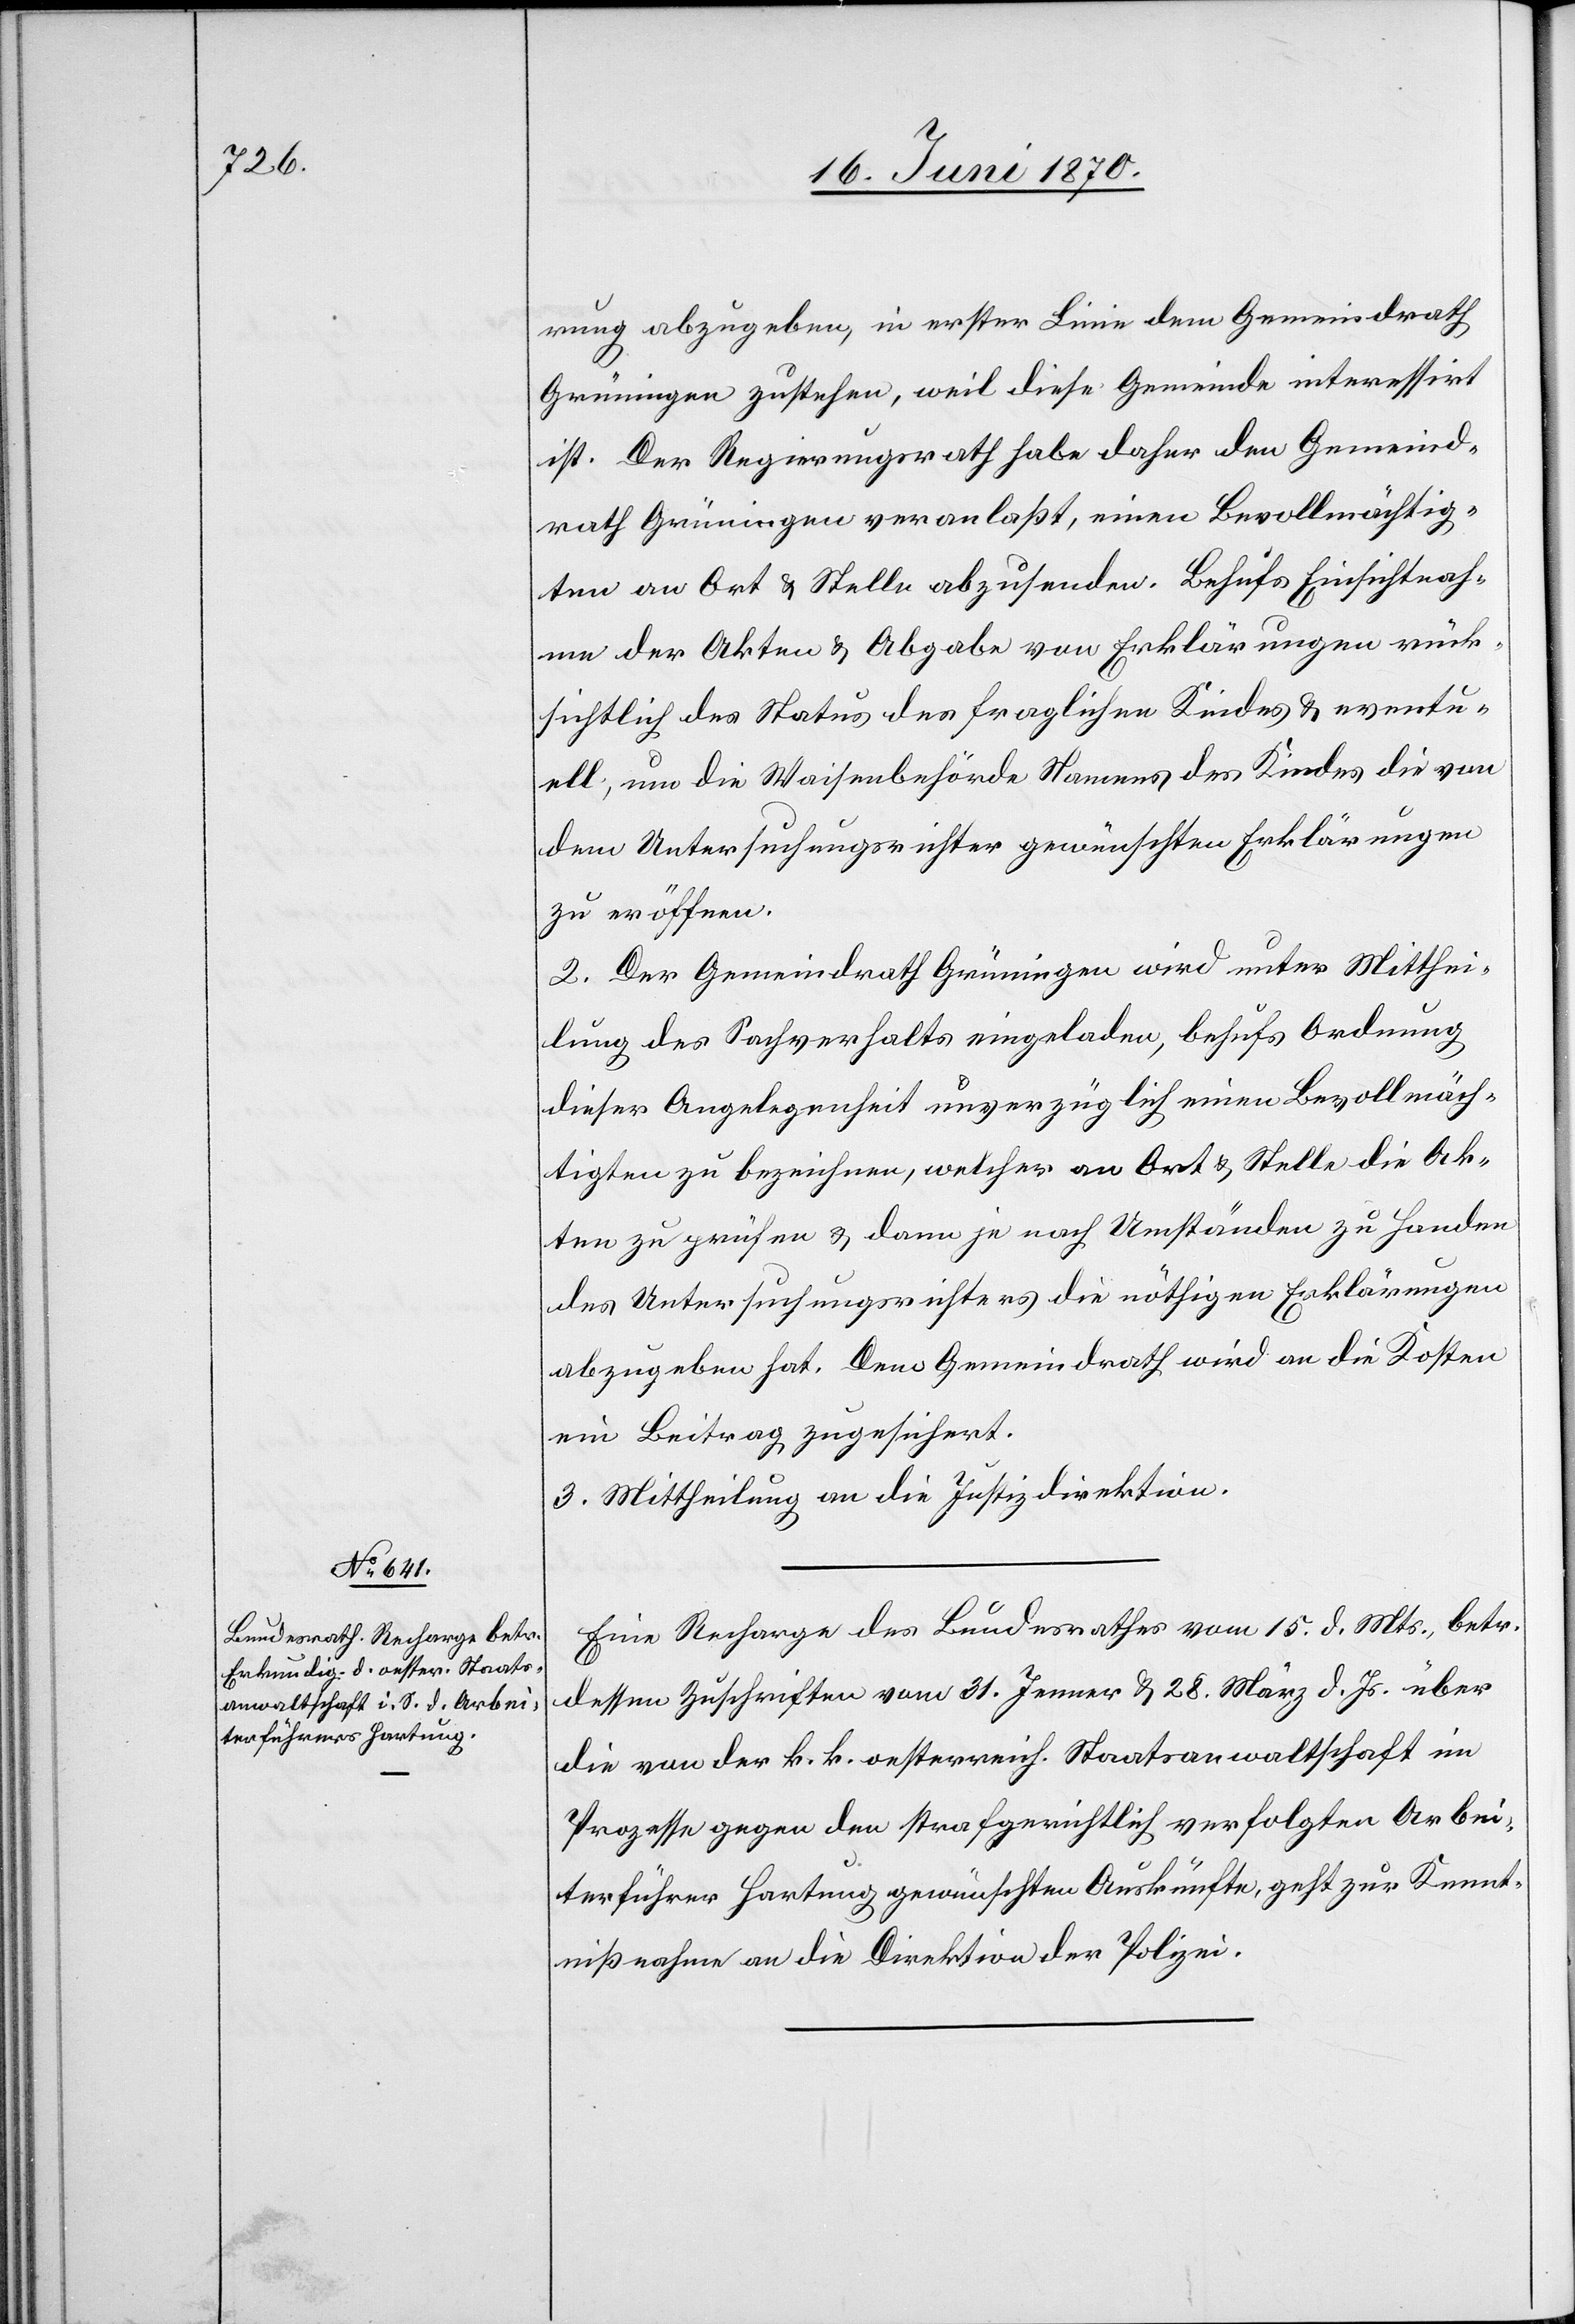
18. Juni 1870.]
rung abzugeben, in erster Linie dem Gemeindrath
Grüningen zustehen, weil diese Gemeinde interessirt
ist. Der Regierungsrath habe daher den Gemeind¬
rath Grüningen veranlaßt, einen Bevollmächtig¬
ten an Ort & Stelle abzusenden. Behufs Einsichtnah¬
me der Akten & Abgabe von Erklärungen rück¬
sichtlich des Status des fraglichen Kindes & eventu¬
ell, um die Waisenbehörde Namens des Kindes die von
dem Untersuchungsrichter gewünschten Erklärungen
zu eröffnen.
2. Der Gemeindrath Grüningen wird unter Mitthei¬
lung des Sachverhalts eingeladen, behufs Ordnung
dieser Angelegenheit unverzüglich einen Bevollmäch¬
tigten zu bezeichnen, welcher an Ort & Stelle die Ak¬
ten zu prüfen & dann je nach Umständen zu Handen
des Untersuchungsrichters die nöthigen Erklärungen
abzugeben hat. Dem Gemeindrath wird an die Kosten
ein Beitrag zugesichert.
3. Mittheilung an die Justizdirektion.
Eine Recharge des Bundesrathes vom 15. d. Mts., betr.
dessen Zuschriften vom 31. Jenner & 28. März d. Js. über
die von der k. k. Oesterreich. Staatsanwaltschaft im
Prozesse gegen den strafgerichtlich verfolgten Arbei¬
terführer Hartung gewünschten Auskünfte, geht zur Kennt¬
nißnahme an die Direktion der Polizei.